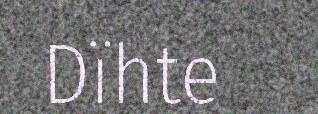
Dïhte